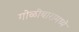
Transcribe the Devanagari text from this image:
गोळीबारामध्ये